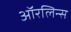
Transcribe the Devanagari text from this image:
ऑरलिन्स